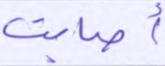
أصابت